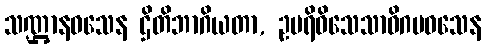
သဏ္ဌာနဝသေန ဌိတိဘာဂိယတာ, ဥပရိဝိသေသာဓိဂမဝသေန